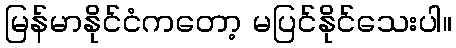
မြန်မာနိုင်ငံကတော့ မပြင်နိုင်သေးပါ။